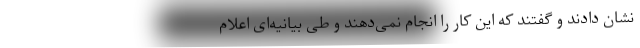
نشان دادند و گفتند که این کار را انجام نمی‌دهند و طی بیانیه‌ای اعلام